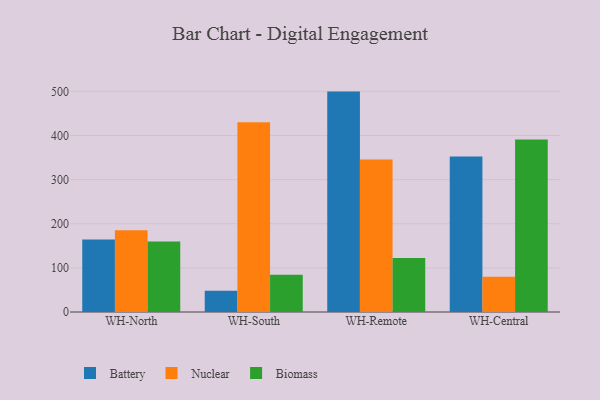
{"axis": {"x": "Warehouse", "y": "Market Share (%)"}, "legend": ["Battery", "Biomass", "Nuclear"], "data": [{"x": "WH-North", "y": 164.5, "type": "Battery"}, {"x": "WH-North", "y": 185.3, "type": "Nuclear"}, {"x": "WH-North", "y": 159.6, "type": "Biomass"}, {"x": "WH-South", "y": 48.1, "type": "Battery"}, {"x": "WH-South", "y": 429.8, "type": "Nuclear"}, {"x": "WH-South", "y": 84.3, "type": "Biomass"}, {"x": "WH-Remote", "y": 499.4, "type": "Battery"}, {"x": "WH-Remote", "y": 345.8, "type": "Nuclear"}, {"x": "WH-Remote", "y": 122.2, "type": "Biomass"}, {"x": "WH-Central", "y": 352.2, "type": "Battery"}, {"x": "WH-Central", "y": 79.8, "type": "Nuclear"}, {"x": "WH-Central", "y": 390.6, "type": "Biomass"}]}